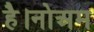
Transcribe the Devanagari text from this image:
है।नोअम